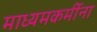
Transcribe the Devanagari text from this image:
माध्यमकर्मीना